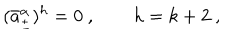
LaTeX: ( \bar { a } _ { \pm } ^ { \alpha } ) ^ { h } = 0 \ , \qquad h = k + 2 \ ,